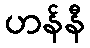
ဟန်နီ